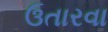
ઉતારવા